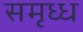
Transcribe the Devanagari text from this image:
समृध्ध